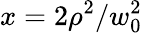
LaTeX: x=2\rho^{2}/w_{0}^{2}